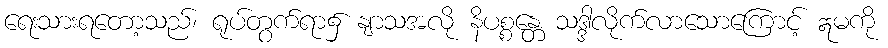
ရေးသားရတော့သည်၊ ရုပ်တွက်ရာ၌ နျာသအလို နိပစ္စန္တေ သဒ္ဒါလိုက်လာသောကြောင့် ဣမကို